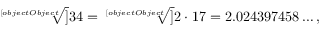
{ \sqrt [ [object Object] ] { 3 4 } } = { \sqrt [ [object Object] ] { 2 \cdot 1 7 } } = 2 . 0 2 4 3 9 7 4 5 8 \ldots ,